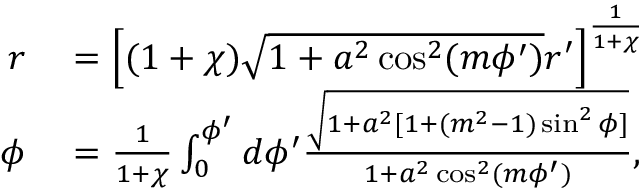
\begin{array} { r l } { r } & { { } = \left[ ( 1 + \chi ) \sqrt { 1 + a ^ { 2 } \cos ^ { 2 } ( m \phi ^ { \prime } ) } r ^ { \prime } \right] ^ { \frac { 1 } { 1 + \chi } } } \\ { \phi } & { { } = \frac { 1 } { 1 + \chi } \int _ { 0 } ^ { \phi ^ { \prime } } d \phi ^ { \prime } \frac { \sqrt { 1 + a ^ { 2 } [ 1 + ( m ^ { 2 } - 1 ) \sin ^ { 2 } \phi ] } } { 1 + a ^ { 2 } \cos ^ { 2 } ( m \phi ^ { \prime } ) } , } \end{array}